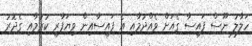
ހަލާލު ނޫސް ފައިސާ ގެއަށް ވެއްދުމާއި އެ ފައިސާއިން ވިޔަފާރި ކުރުމާއި ގެދޮރު